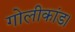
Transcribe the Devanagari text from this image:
गोलीकांड।